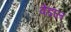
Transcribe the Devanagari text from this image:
वेंडाल